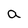
Character: a